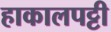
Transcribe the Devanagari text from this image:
हाकालपट्टी